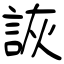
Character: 詼